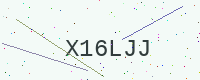
Text: X16LJJ